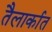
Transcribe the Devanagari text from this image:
तैलार्कात